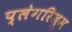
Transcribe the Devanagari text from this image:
प्लेगरिज्म